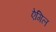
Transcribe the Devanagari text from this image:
ऐगिल